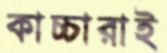
কাচ্চারাই